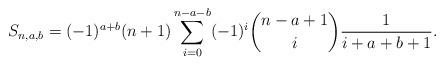
LaTeX: \begin{align*}S_{n,a,b}=(-1)^{a+b}(n+1)\sum_{i=0}^{n-a-b}(-1)^i\binom{n-a+1}{i}\frac{1}{i+a+b+1}.\end{align*}